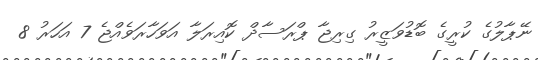
ނޭޕާލުގެ ކުރީގެ ބޮޑުވަޒީރު ގިރިޖާ ޕްރަސާދް ކޮއިރަލާ އަވަހާރަވެއްޖެ 7 އަހަރު 8